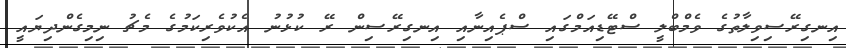
އިނގިރޭސިވިލާތުގެ ވެމްބްލީ ސްޓޭޑިއަމްގައި ސްޕެއިނާއި އިނގިރޭސިން ރޭ ކުޅުނު އެކުވެރިކަމުގެ މެޗު ނިމިގެންދިޔައީ